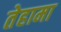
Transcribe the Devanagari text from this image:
तेहामा